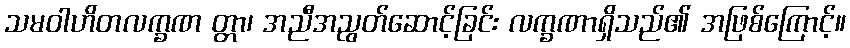
သမဝါဟိတလက္ခဏ တ္တာ၊ အညီအညွတ်ဆောင့်ခြင်း လက္ခဏာရှိသည်၏ အဖြစ်ကြောင့်။